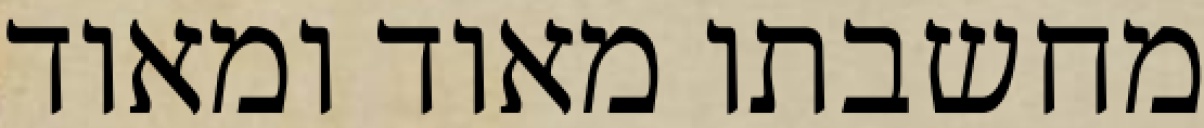
מחשבתו מאוד ומאוד